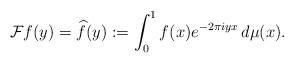
\begin{align*}\mathcal{F}f(y)=\widehat{f}(y):=\int_{0}^{1}f(x)e^{-2\pi iyx}\,d\mu(x).\end{align*}